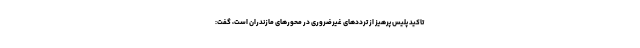
تاکید پلیس پرهیز از ترددهای غیرضروری در محورهای مازندران است، گفت: